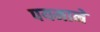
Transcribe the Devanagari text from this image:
पयमाने